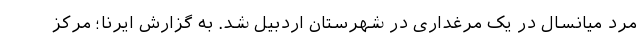
مرد میانسال در یک مرغداری در شهرستان اردبیل شد. به گزارش ایرنا؛ مرکز